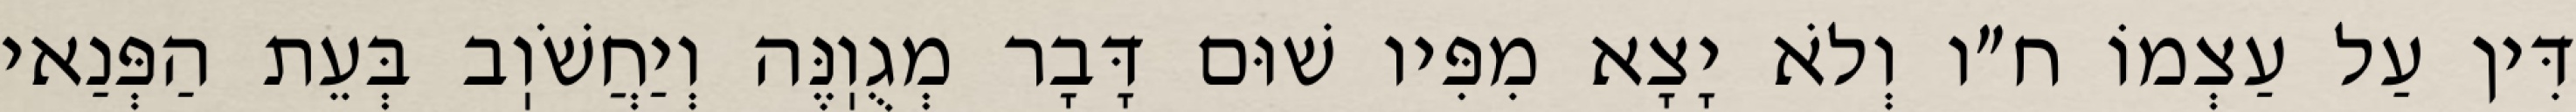
דִּין עַל עַצְמוֹ ח״ו וְלֹא יָצָא מִפִּיו שׁוּם דָּבָר מְגֻוֽנֶּה וְיַחֲשֹׁוֽב בְּעֵת הַפְּנַאי